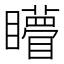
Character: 矒